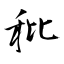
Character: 秕